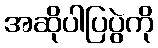
အဆိုပါပြပွဲကို